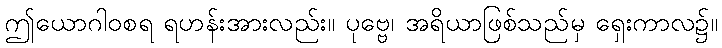
ဤယောဂါဝစရ ရဟန်းအားလည်း။ ပုဗ္ဗေ၊ အရိယာဖြစ်သည်မှ ရှေးကာလ၌။